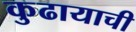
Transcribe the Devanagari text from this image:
कुढायाची